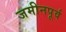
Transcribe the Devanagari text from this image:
जमीनपूर्व